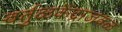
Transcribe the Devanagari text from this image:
वर्तुळकेंद्राजवळ